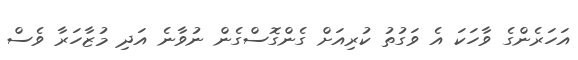
އަހަރެންގެ ވާހަކަ އެ ވަގުތު ކުރިއަށް ގެންގޮސްގެން ނުވާނެ އަދި މުޒާހަރާ ވެސް